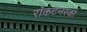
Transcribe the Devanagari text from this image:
राॅकटेनस्की